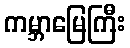
ကမ္ဘာမြေကြီး